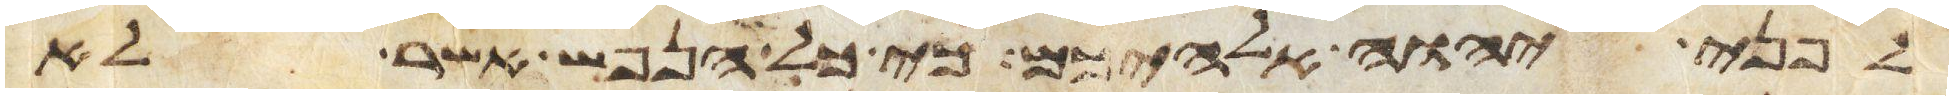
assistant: לפני יהוה אלהיכם כי כל הנפש אשר לא